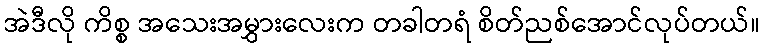
အဲဒီလို ကိစ္စ အသေးအမွှားလေးက တခါတရံ စိတ်ညစ်အောင်လုပ်တယ်။